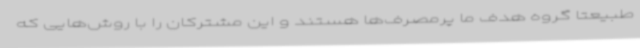
طبیعتا گروه هدف ما پرمصرف‌ها هستند و این مشترکان را با روش‌هایی که